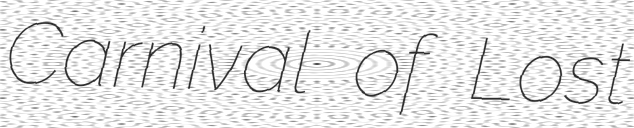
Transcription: Carnival of Lost